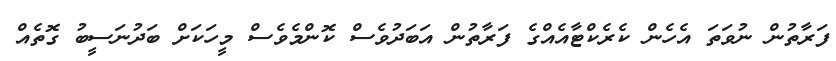
ފަރާތުން ނުވަތަ އެހެން ކެރެކްޓާއެއްގެ ފަރާތުން އަބަދުވެސް ކޮންމެވެސް މީހަކަށް ބަދުނަސީބު ގޮތެއް